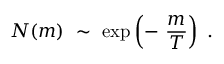
N ( m ) ~ \sim ~ \exp \left( - ~ \frac { m } { T } \right) ~ .